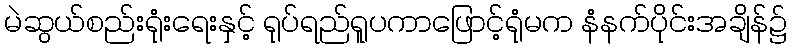
မဲဆွယ်စည်းရုံးရေးနှင့် ရုပ်ရည်ရူပကာဖြောင့်ရုံမက နံနက်ပိုင်းအချိန်၌